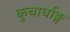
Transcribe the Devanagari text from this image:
कुचार्धाङ्ग